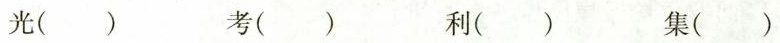
光( ) 考( ) 利( ) 集( )